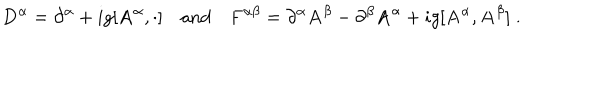
{ \bf D } ^ { \alpha } = \partial ^ { \alpha } + i g [ { \bf A } ^ { \alpha } , \cdot ] \quad \mathrm { { a n d } } \quad { \bf F } ^ { \alpha \beta } = \partial ^ { \alpha } { \bf A } ^ { \beta } - \partial ^ { \beta } { \bf A } ^ { \alpha } + i g [ { \bf A } ^ { \alpha } , { \bf A } ^ { \beta } ] \; .